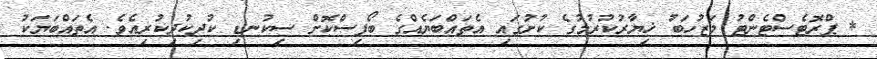
* ޕްރޮޓެސްޓެންޓު މަޒުހަބު ޚިޔާރުކުރުމުގެ ކުށުގައި އެތައްބަޔެއްގެ ބޯފިސްކޮށް ސިކުނޑި ކުދިކުދިކުރިއެވެ. އެތައްބަޔަކު